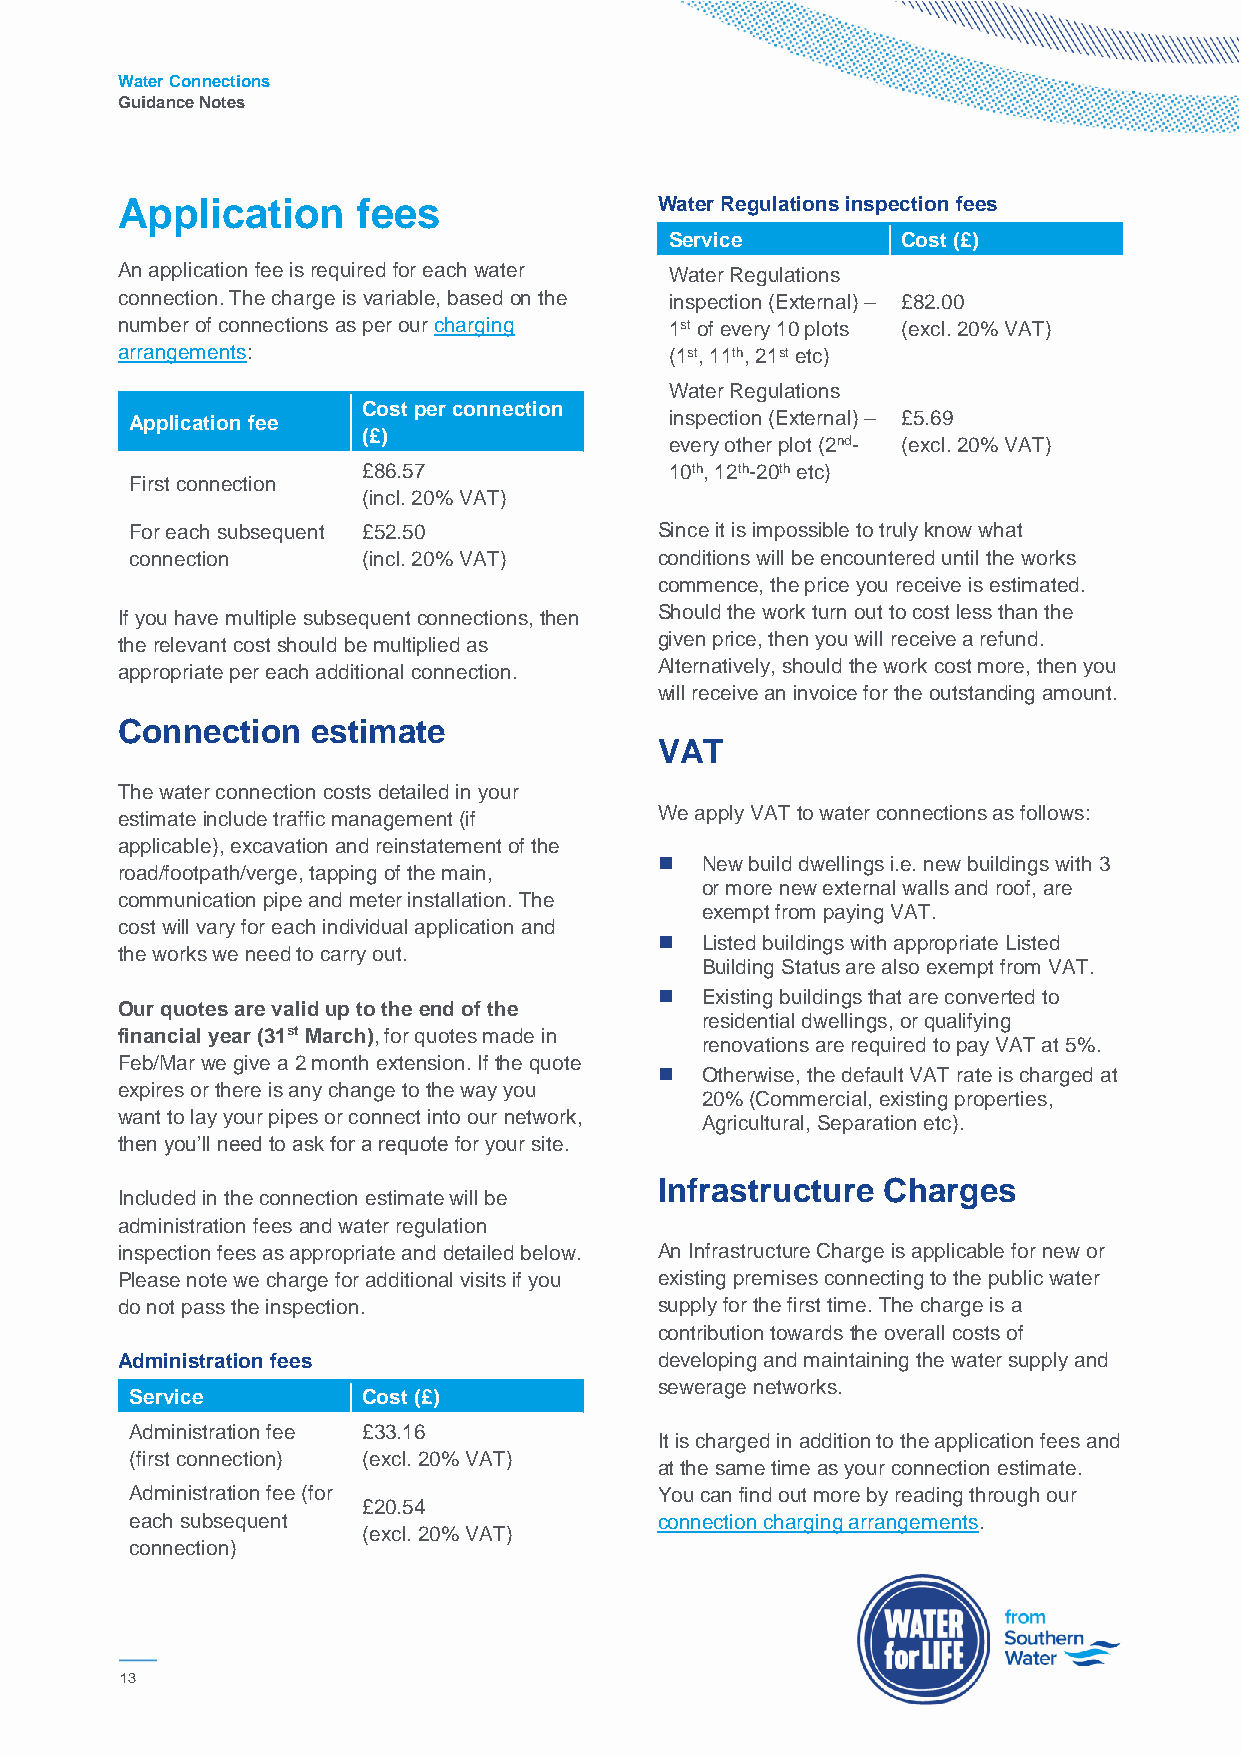
Water Connections
 Guidance Notes
 Application     fees                Water Regulations inspection fees
 Service         Cost (£)
 An application fee is required for each water Water Regulations
 connection. The charge is variable, based on the inspection (External) – £82.00
 number of connections as per our charging 1st of every 10 plots (excl. 20% VAT)
 arrangements:                       (1st, 11th, 21st etc)
 Water Regulations
 Cost per connection
 Application fee                    inspection (External) – £5.69
 (£)
 every other plot (2nd- (excl. 20% VAT)
 £86.57              10th, 12th-20th etc)
 First connection
 (incl. 20% VAT)
 For each subsequent £52.50         Since it is impossible to truly know what
 connection     (incl. 20% VAT)     conditions will be encountered until the works
 commence, the price you receive is estimated.
 If you have multiple subsequent connections, then Should the work turn out to cost less than the
 the relevant cost should be multiplied as given price, then you will receive a refund.
 appropriate per each additional connection. Alternatively, should the work cost more, then you
 will receive an invoice for the outstanding amount.
 Connection   estimate
 VAT
 The water connection costs detailed in your
 estimate include traffic management (if We apply VAT to water connections as follows:
 applicable), excavation and reinstatement of the
  New build dwellings i.e. new buildings with 3
 road/footpath/verge, tapping of the main,
 or more new external walls and roof, are
 communication pipe and meter installation. The
 exempt from paying VAT.
 cost will vary for each individual application and
  Listed buildings with appropriate Listed
 the works we need to carry out.
 Building Status are also exempt from VAT.
  Existing buildings that are converted to
 Our quotes are valid up to the end of the
 residential dwellings, or qualifying
 financial year (31st March), for quotes made in
 renovations are required to pay VAT at 5%.
 Feb/Mar we give a 2 month extension. If the quote
  Otherwise, the default VAT rate is charged at
 expires or there is any change to the way you
 20% (Commercial, existing properties,
 want to lay your pipes or connect into our network, Agricultural, Separation etc).
 then you’ll need to ask for a requote for your site.
 Infrastructure Charges
 Included in the connection estimate will be
 administration fees and water regulation
 inspection fees as appropriate and detailed below. An Infrastructure Charge is applicable for new or
 Please note we charge for additional visits if you existing premises connecting to the public water
 do not pass the inspection.         supply for the first time. The charge is a
 contribution towards the overall costs of
 Administration fees                 developing and maintaining the water supply and
 sewerage networks.
 Service        Cost (£)
 Administration fee £33.16
 It is charged in addition to the application fees and
 (first connection) (excl. 20% VAT)
 at the same time as your connection estimate.
 Administration fee (for            You can find out more by reading through our
 £20.54
 each subsequent                    connection charging arrangements.
 (excl. 20% VAT)
 connection)
 13